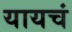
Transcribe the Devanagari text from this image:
यायचं